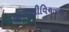
લાગણીવિચારના